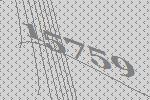
15759